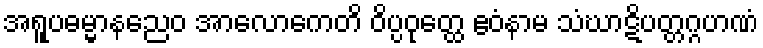
အရူပဓမ္မာနညေဝ အာလောကေတိ ဝိပ္ပဝုတ္ထေ ဧဝံနာမ သံဃာဋိပတ္တဂ္ဂဟဏံ